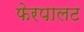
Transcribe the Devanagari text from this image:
फेरपालट